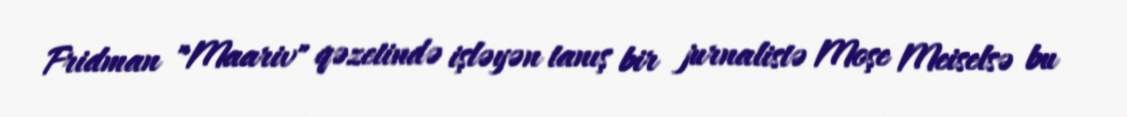
Fridman "Maariv" qəzetində işləyən tanış bir jurnalistə Moşe Meiselsə bu